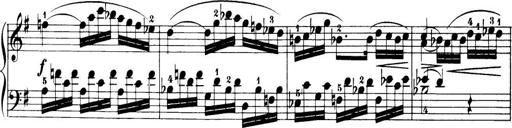
Title: 32 Sonatinas and Rondos for the Piano
Composer: Richard Kleinmichel